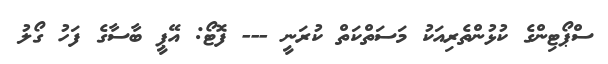
ސްޕޯޓިންގެ ކުޅުންތެރިއަކު މަސަތްކަތް ކުރަނީ --- ފޮޓޯ: އޭޕީ ބާސާގެ ފަހު ގޯލު